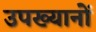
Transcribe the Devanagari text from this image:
उपख्यानों